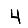
Digit: 4